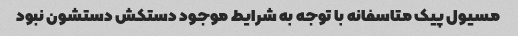
مسیول پیک متاسفانه با توجه به شرایط موجود دستکش دستشون نبود